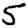
Digit: 5